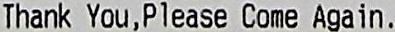
THANK YOU,PLEASE COME AGAIN.